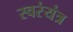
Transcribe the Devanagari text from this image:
स्वरंयंत्र